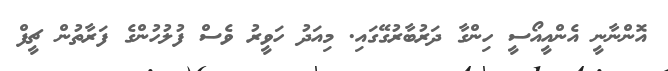
އޮންނާނީ އެންއީއޯސީ ހިންގާ ދަރުބާރުގޭގައި. މިއަދު ހަވީރު ވެސް ފުލުހުންގެ ފަރާތުން ޗީފް